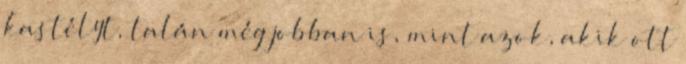
kastélyt, talán még jobban is, mint azok, akik ott